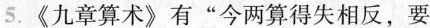
5.《九章算术》有”今两算得失相反，要